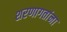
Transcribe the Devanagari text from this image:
शरणागतांना